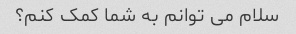
سلام می توانم به شما کمک کنم؟